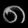
Digit: ၈